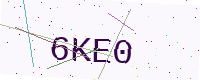
Text: 6KE0